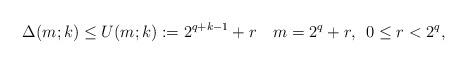
LaTeX: \begin{align*} \Delta(m;k)\leq U(m;k):=2^{q+k-1}+r \,\,\, \,\,\, m=2^q+r,\,\,\, 0\leq r<2^q, \end{align*}